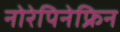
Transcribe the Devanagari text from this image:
नोरेपिनेफ्रिन